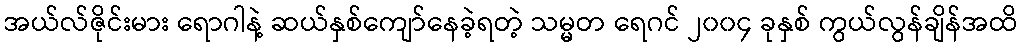
အယ်လ်ဇိုင်းမား ရောဂါနဲ့ ဆယ်နှစ်ကျော်နေခဲ့ရတဲ့ သမ္မတ ရေဂင် ၂၀၀၄ ခုနှစ် ကွယ်လွန်ချိန်အထိ